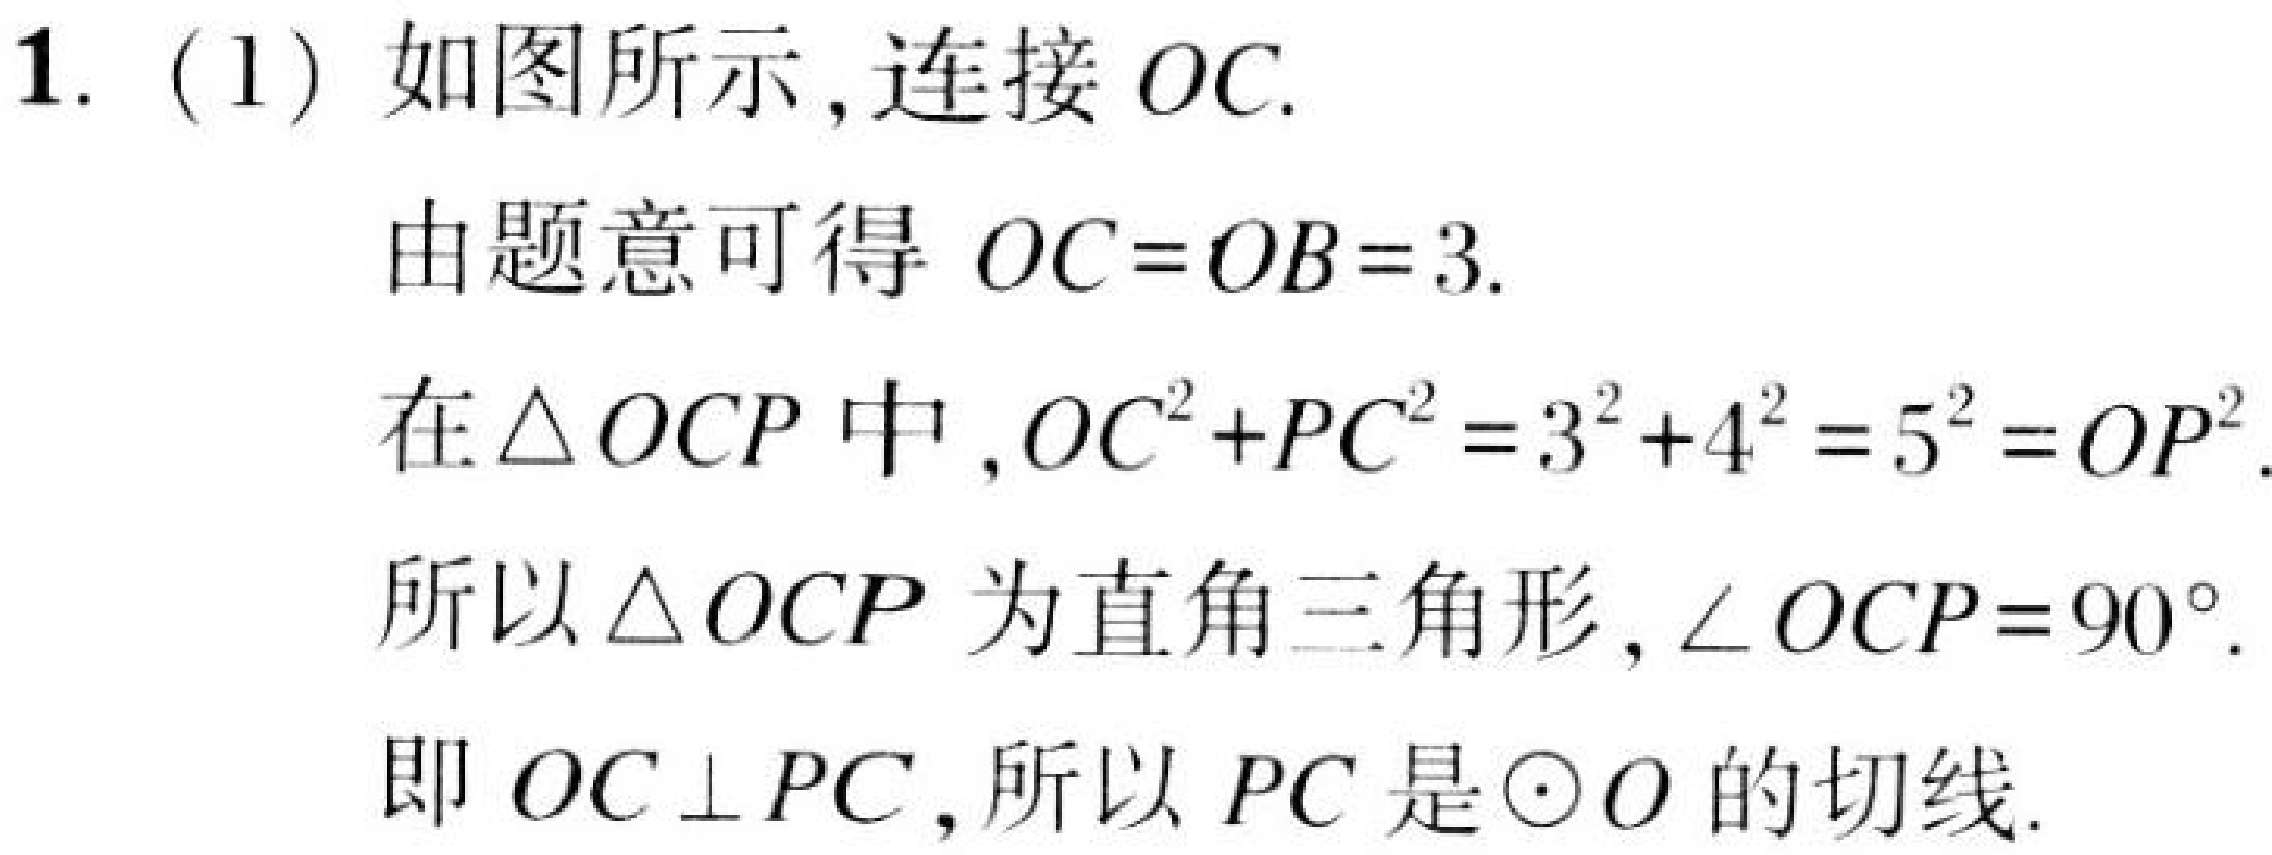
1. (1) 如图所示,连接 \(OC\).
由题意可得 \(OC = OB = 3\).
在\(\triangle OCP\)中,\(OC^{2}+PC^{2}=3^{2}+4^{2}=5^{2}=OP^{2}\).
所以\(\triangle OCP\)为直角三角形,\(\angle OCP = 90^{\circ}\).
即 \(OC\perp PC\),所以 \(PC\)是\(\odot O\)的切线.